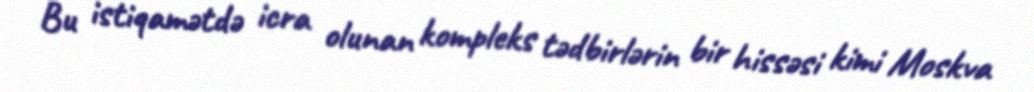
Bu istiqamətdə icra olunan kompleks tədbirlərin bir hissəsi kimi Moskva